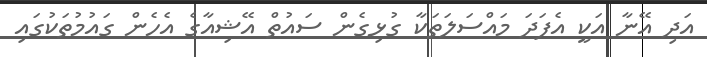
އަދި އޭނާ އަކީ އެފަދަ މައްސަލަތަކާ ގުޅިގެން ސައުތް އޭޝިއާގެ އެހެން ގައުމުތަކުގައި